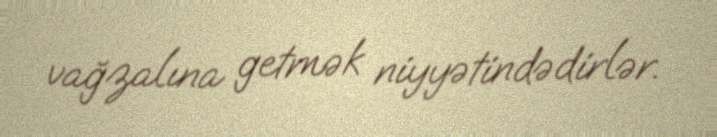
vağzalına getmək niyyətindədirlər.